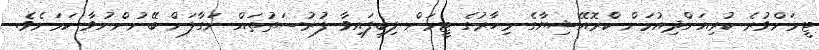
ޓީމަށްވުރެ ކުރިއަށްދިއުމަށް ކްރޮއޭޝިޔާގެ މިހާރުގެ ޓީމަށް ލިބިފައިވާ ފުރުސަތުތައް ނަގާލަން ބޭނުންނުވާ ކަމަށެވެ.